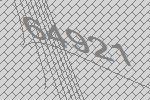
64921